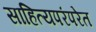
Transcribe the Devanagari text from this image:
साहित्यपरंपरेत